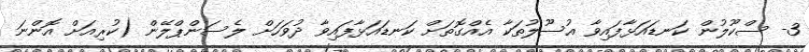
3- ސްކޫލުން ކަނޑައަޅާފައިވާ އުސޫލުތަކާ އެއްގޮތަށް ކަނޑައަޅާފައިވާ ދުވަހަށް ލެސަންޕްލޭން (ކުރިއަށް އޮންނަ